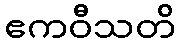
ဧကဝီသတိ